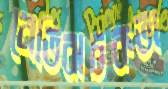
নেতিবাচকতা